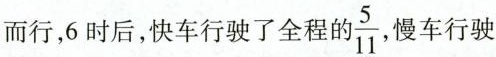
而行，6时后，快车行驶了全程的\frac{5}{11}慢车行驶